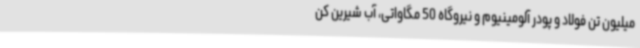
میلیون تن فولاد و پودر آلومینیوم و نیروگاه 50 مگاواتی، آب شیرین کن